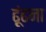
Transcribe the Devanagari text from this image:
ढ़ूंढना